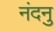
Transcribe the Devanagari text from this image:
नंदनु